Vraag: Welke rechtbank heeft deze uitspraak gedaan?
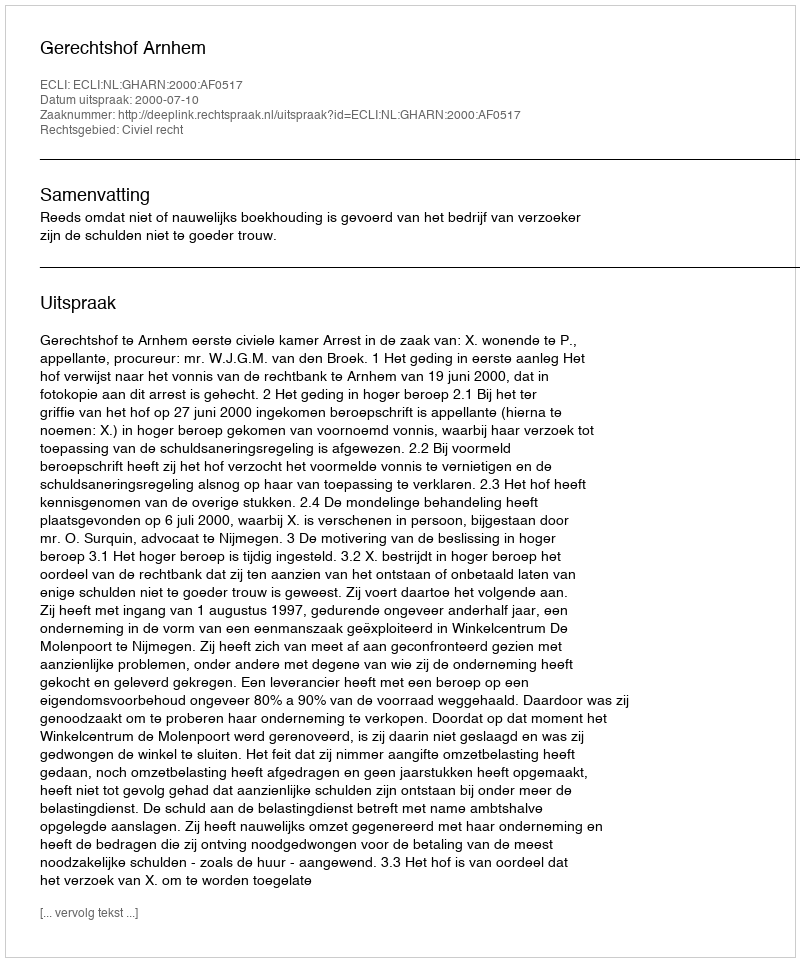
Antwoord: Gerechtshof Arnhem